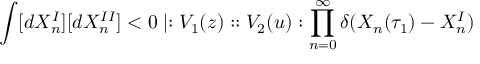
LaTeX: \int [ d X _ { n } ^ { I } ] [ d X _ { n } ^ { I I } ] < 0 \mid : V _ { 1 } ( z ) : : V _ { 2 } ( u ) : \prod _ { n = 0 } ^ { \infty } \delta ( X _ { n } ( \tau _ { 1 } ) - X _ { n } ^ { I } )